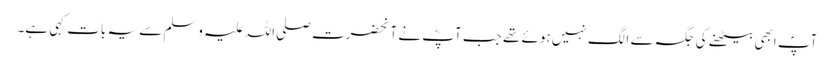
آپؐ ابھی بیٹھنے کی جگہ سے الگ نہیں ہوئے تھے جب آپؓ نے آنحضرت صلی اللہ علیہ وسلم سے یہ بات کہی ہے۔